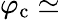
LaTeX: \varphi_{\mathrm{c}}\simeq